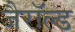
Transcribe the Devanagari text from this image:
जैरॉल्ड